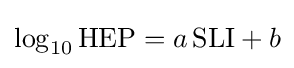
\log _{10}{\mbox{HEP}}=a\,{\mbox{SLI}}+b